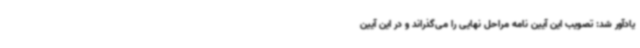
یادآور شد: تصویب این آیین نامه مراحل نهایی را می‌گذراند و در این آیین